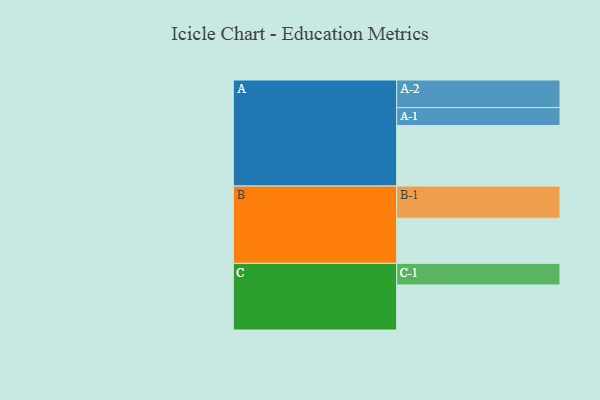
{"axis": {"x": "Segment", "y": "Value"}, "legend": ["", "A", "B", "C"], "data": [{"x": "A", "y": 476, "type": ""}, {"x": "B", "y": 355, "type": ""}, {"x": "C", "y": 354, "type": ""}, {"x": "A-1", "y": 141, "type": "A"}, {"x": "A-2", "y": 217, "type": "A"}, {"x": "B-1", "y": 253, "type": "B"}, {"x": "C-1", "y": 170, "type": "C"}]}